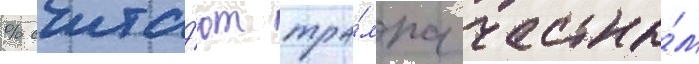
% счита́ют тра́мпа честны́м